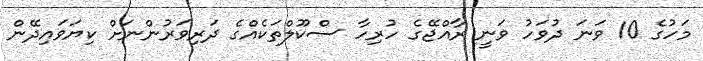
މަހުގެ 10 ވަނަ ދުވަހު ވަނީ ރާއްޖޭގެ ހުރިހާ ސްކޫލްތަކެއްގެ ދަރިވަރުންނަށް ކިޔަވައިދޭން